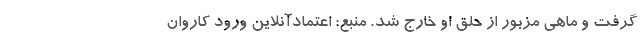
گرفت و ماهی مزبور از حلق او خارج شد. منبع: اعتمادآنلاین ورود کاروان